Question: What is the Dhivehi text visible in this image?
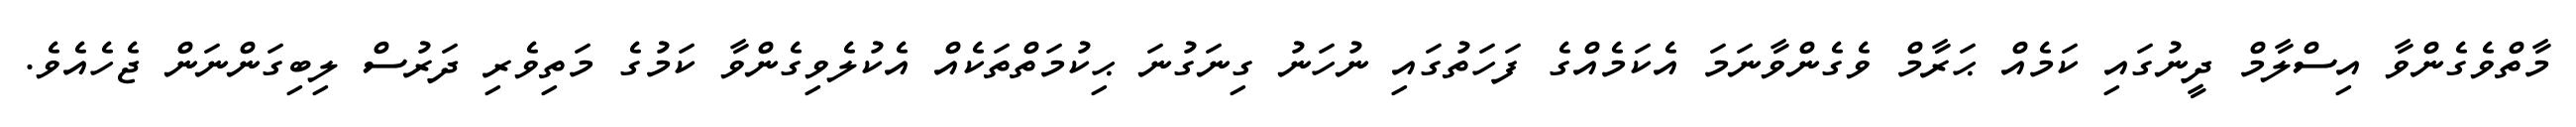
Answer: މާތްވެގެންވާ އިސްލާމް ދީނުގައި ކަމެއް ޙަރާމް ވެގެންވާނަމަ އެކަމެއްގެ ފަހަތުގައި ނުހަނު ގިނަގުނަ ޙިކުމަތްތަކެއް އެކުލެވިގެންވާ ކަމުގެ މަތިވެރި ދަރުސް ލިބިގަންނަން ޖެހެއެވެ.